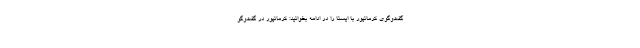
گفت‌وگوی کرمانپور با ایسنا را در ادامه بخوانید: کرمانپور در گفت‌وگو